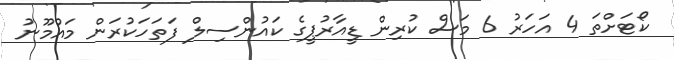
ކޯޓަށްތަ 4 އަހަރު 6 މަސް ކުރިން ޑީއާރުޕީގެ ކައުންސިލް ފަތަހަކުރަން މައުމޫނު